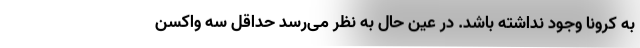
به کرونا وجود نداشته باشد. در عین حال به نظر می‌رسد حداقل سه واکسن